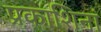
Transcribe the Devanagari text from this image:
प्रकाशिनां